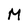
Character: M